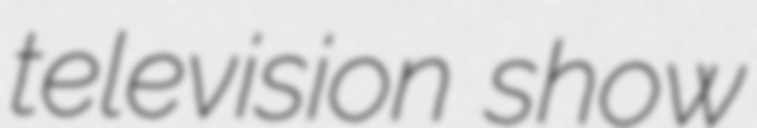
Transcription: television show